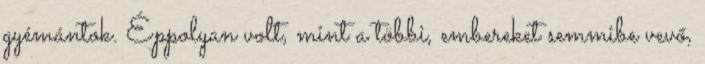
gyémántok. Éppolyan volt, mint a többi, embereket semmibe vevő,